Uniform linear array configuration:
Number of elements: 8
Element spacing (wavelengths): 0.25
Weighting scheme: binomial
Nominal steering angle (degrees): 15
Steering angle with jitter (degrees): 14.137
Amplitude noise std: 0.05
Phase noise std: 0.05

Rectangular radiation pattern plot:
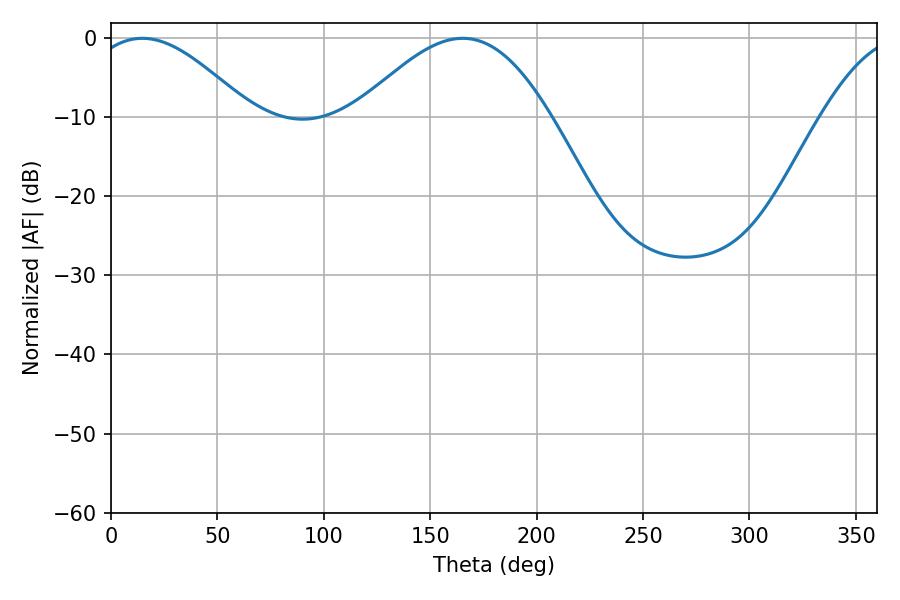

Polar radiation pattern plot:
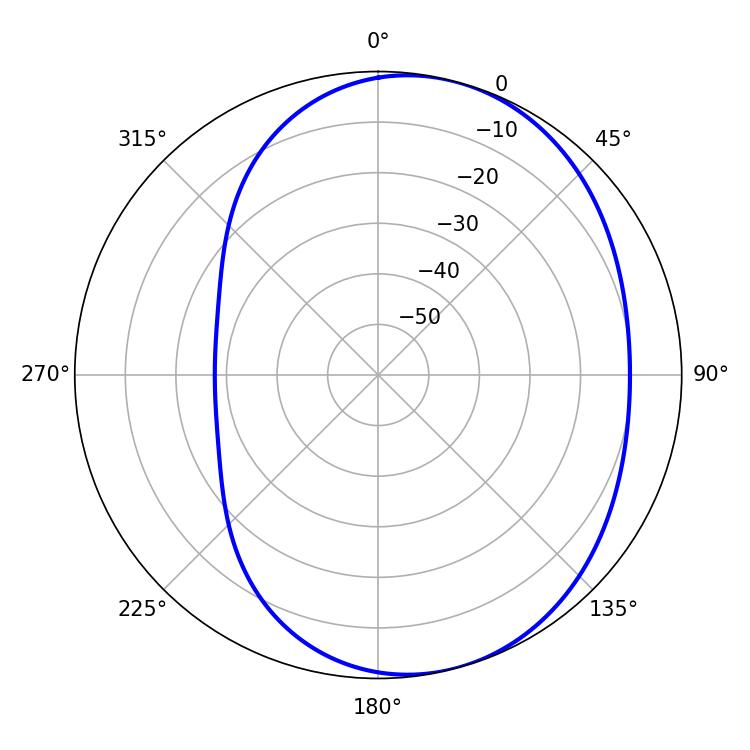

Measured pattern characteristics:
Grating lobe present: FALSE
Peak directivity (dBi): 5.258
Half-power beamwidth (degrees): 41.04
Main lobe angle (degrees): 14.76